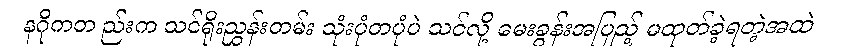
နဂိုကတ ည်းက သင်ရိုးညွှန်းတမ်း သုံးပုံတပုံပဲ သင်လို့ မေးခွန်းအပြည့် မထုတ်ခဲ့ရတဲ့အထဲ